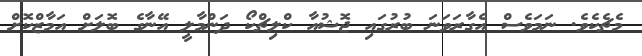
މެޗެކެވެ. ނަމަވެސް އެގާރަވަނަ ބުރުގައި ޖޮޝުއާ ކްލިޗްކޯ ދަންމާލީ އޭނާގެ ބޮލަށް އަމާޒްކޮށް